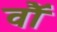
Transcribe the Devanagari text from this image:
वॉै